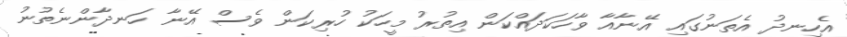
އެހިނދު އެތަނުގައި އޭނާއާ ވާހަކަދައްކަން އިތުރު މީހަކު ހުރިކަން ވެސް އޭނާ ހަނދާންނެތުނު